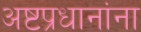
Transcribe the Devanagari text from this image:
अष्टप्रधानांना